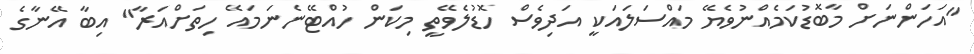
"އަހަންނަށް މާބޮޑުކަމެއްނުވެޔޭ މައްސަލައަކީ އަދިވެސް ހޮޑުލެވޭތީ މިކަން ހުއްޓޭނެނަމައޭ ހިތަށްއަރާ" އިބާ އޭނާގެ